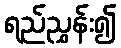
ရည်ညွှန်း၍